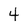
Character: 4